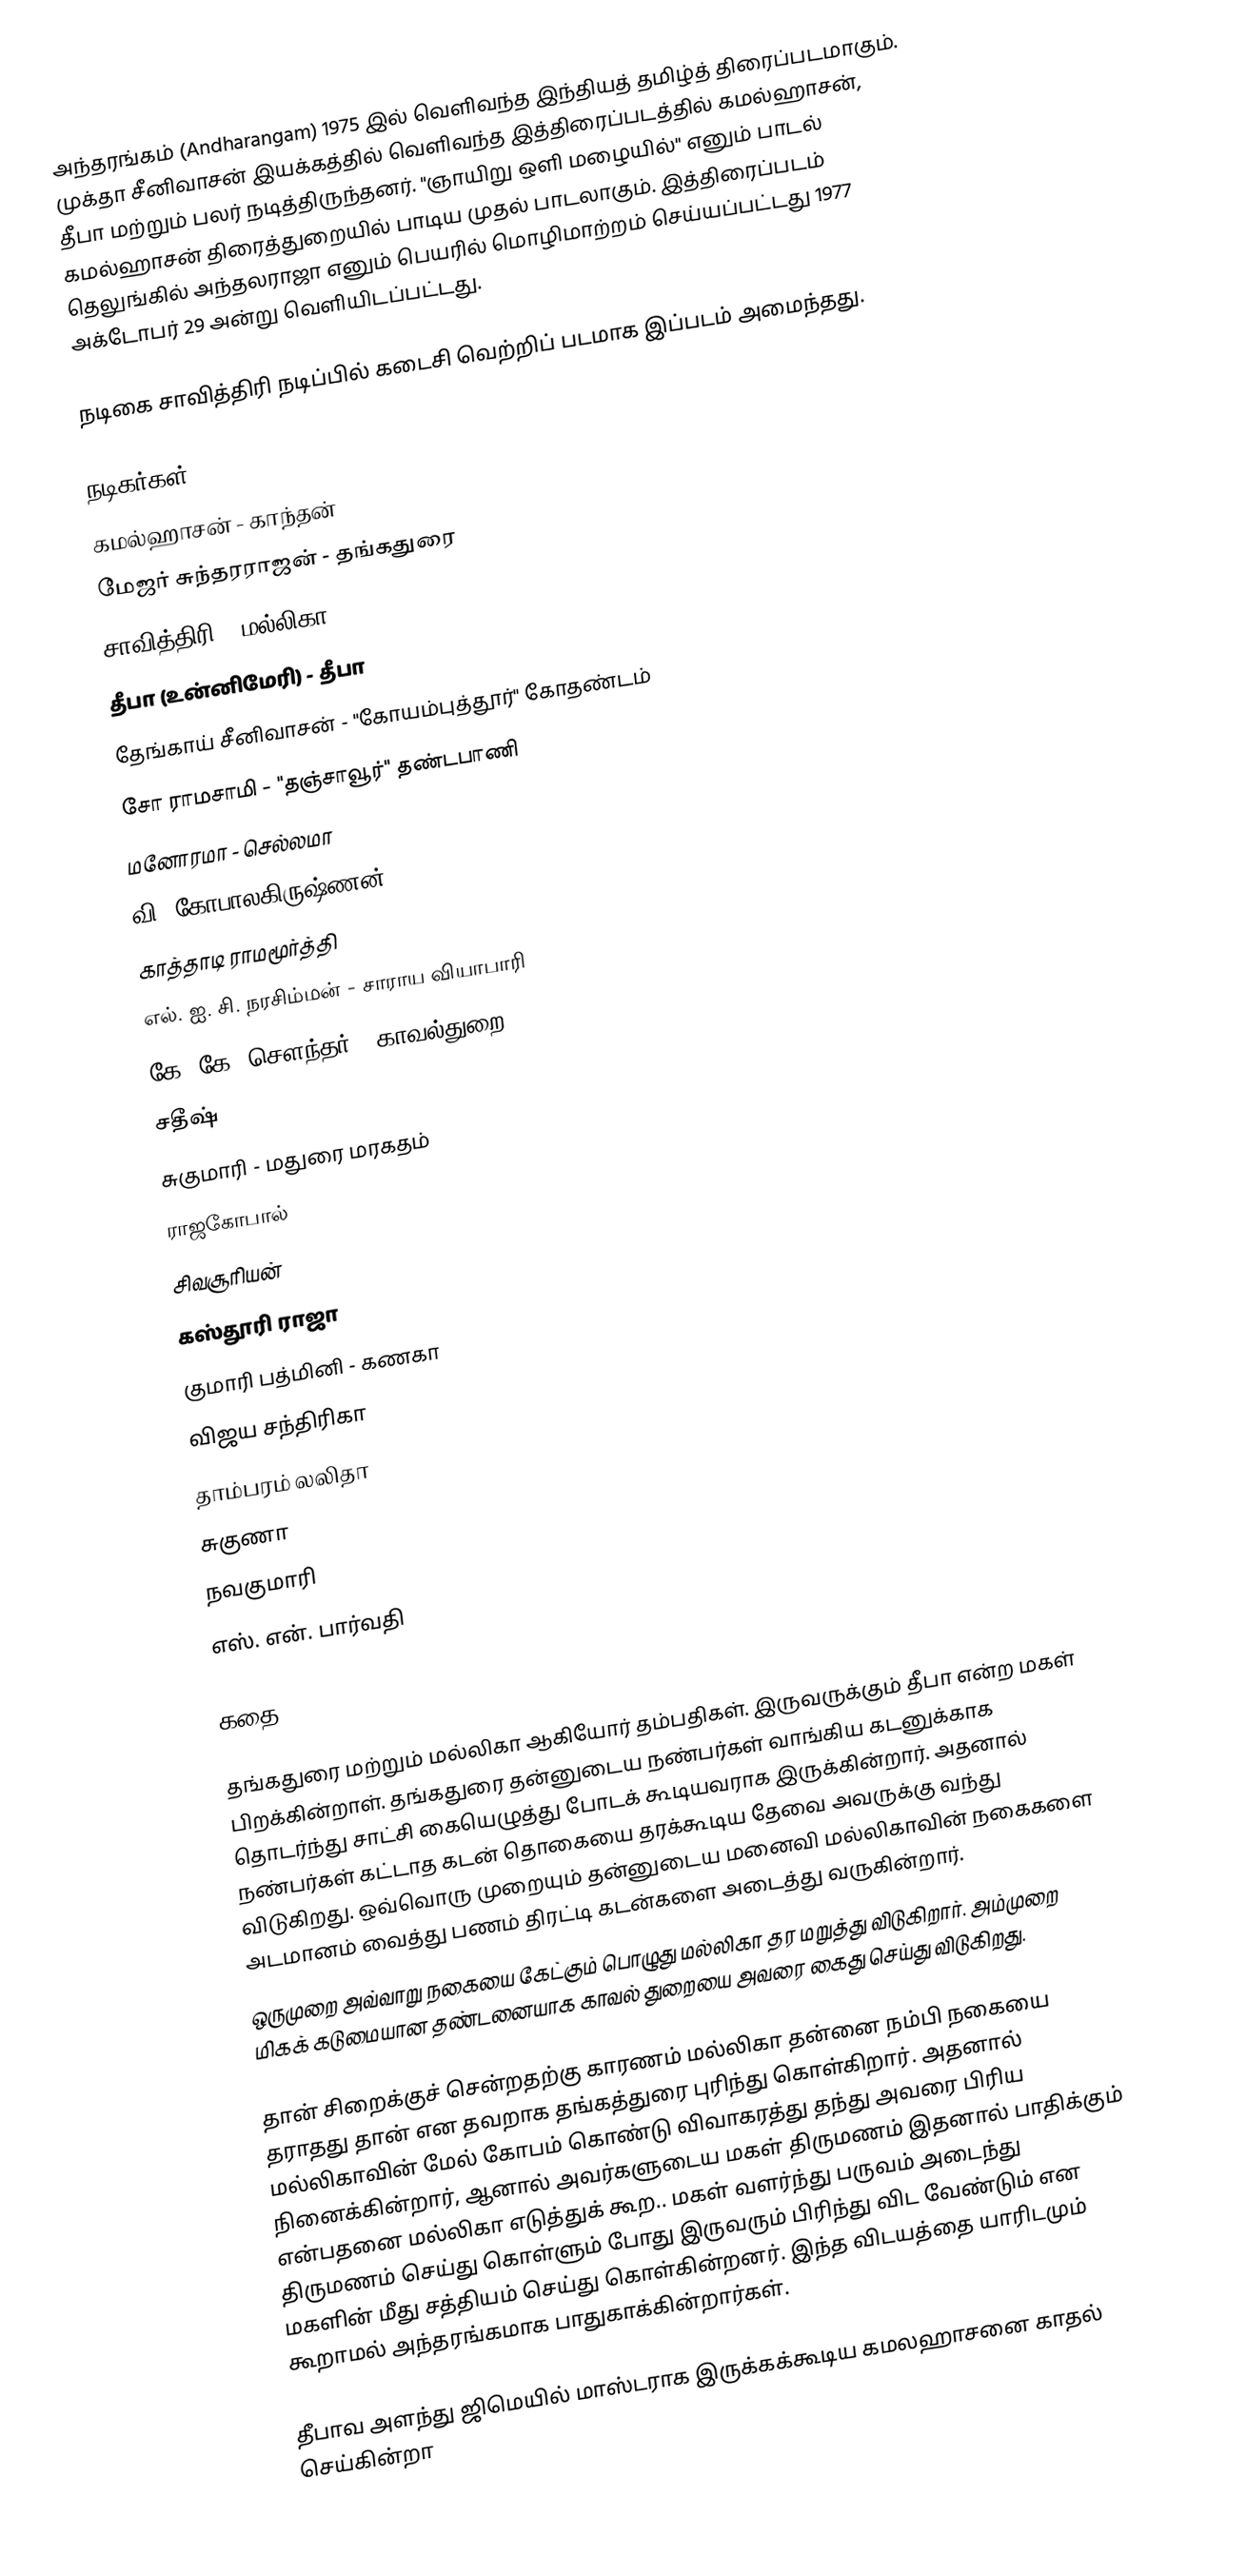
அந்தரங்கம் (Andharangam) 1975 இல் வெளிவந்த இந்தியத் தமிழ்த் திரைப்படமாகும். முக்தா சீனிவாசன் இயக்கத்தில் வெளிவந்த இத்திரைப்படத்தில் கமல்ஹாசன், தீபா மற்றும் பலர் நடித்திருந்தனர். "ஞாயிறு ஒளி மழையில்" எனும் பாடல் கமல்ஹாசன் திரைத்துறையில் பாடிய முதல் பாடலாகும். இத்திரைப்படம் தெலுங்கில் அந்தலராஜா எனும் பெயரில் மொழிமாற்றம் செய்யப்பட்டது 1977 அக்டோபர் 29 அன்று வெளியிடப்பட்டது.

நடிகை சாவித்திரி நடிப்பில் கடைசி வெற்றிப் படமாக இப்படம் அமைந்தது.

நடிகர்கள்
 கமல்ஹாசன் - காந்தன்
 மேஜர் சுந்தரராஜன் - தங்கதுரை
 சாவித்திரி - மல்லிகா
 தீபா (உன்னிமேரி) - தீபா
 தேங்காய் சீனிவாசன் - "கோயம்புத்தூர்" கோதண்டம்
 சோ ராமசாமி - "தஞ்சாவூர்" தண்டபாணி
 மனோரமா - செல்லமா
 வி. கோபாலகிருஷ்ணன்
 காத்தாடி ராமமூர்த்தி
எல். ஐ. சி. நரசிம்மன் - சாராய வியாபாரி
 கே. கே. சௌந்தர் - காவல்துறை
 சதீஷ்
 சுகுமாரி - மதுரை மரகதம்
 ராஜகோபால்
 சிவசூரியன்
 கஸ்தூரி ராஜா
 குமாரி பத்மினி - கணகா
 விஜய சந்திரிகா
 தாம்பரம் லலிதா
 சுகுணா
 நவகுமாரி
 எஸ். என். பார்வதி

கதை

தங்கதுரை மற்றும் மல்லிகா ஆகியோர் தம்பதிகள். இருவருக்கும் தீபா என்ற மகள் பிறக்கின்றாள். தங்கதுரை தன்னுடைய நண்பர்கள் வாங்கிய கடனுக்காக தொடர்ந்து சாட்சி கையெழுத்து போடக் கூடியவராக இருக்கின்றார். அதனால் நண்பர்கள் கட்டாத கடன் தொகையை தரக்கூடிய தேவை அவருக்கு வந்து விடுகிறது. ஒவ்வொரு முறையும் தன்னுடைய மனைவி மல்லிகாவின் நகைகளை அடமானம் வைத்து பணம் திரட்டி கடன்களை அடைத்து வருகின்றார்.
ஒருமுறை அவ்வாறு நகையை கேட்கும் பொழுது மல்லிகா தர மறுத்து விடுகிறார். அம்முறை மிகக் கடுமையான தண்டனையாக காவல் துறையை அவரை கைது செய்து விடுகிறது.

தான் சிறைக்குச் சென்றதற்கு காரணம் மல்லிகா தன்னை நம்பி நகையை தராதது தான் என தவறாக தங்கத்துரை புரிந்து கொள்கிறார். அதனால் மல்லிகாவின் மேல் கோபம் கொண்டு விவாகரத்து தந்து அவரை பிரிய நினைக்கின்றார், ஆனால் அவர்களுடைய மகள் திருமணம் இதனால் பாதிக்கும் என்பதனை மல்லிகா எடுத்துக் கூற.. மகள் வளர்ந்து பருவம் அடைந்து திருமணம் செய்து கொள்ளும் போது இருவரும் பிரிந்து விட வேண்டும் என மகளின் மீது சத்தியம் செய்து கொள்கின்றனர். இந்த விடயத்தை யாரிடமும் கூறாமல் அந்தரங்கமாக பாதுகாக்கின்றார்கள்.

தீபாவ அளந்து ஜிமெயில் மாஸ்டராக இருக்கக்கூடிய கமலஹாசனை காதல் செய்கின்றா